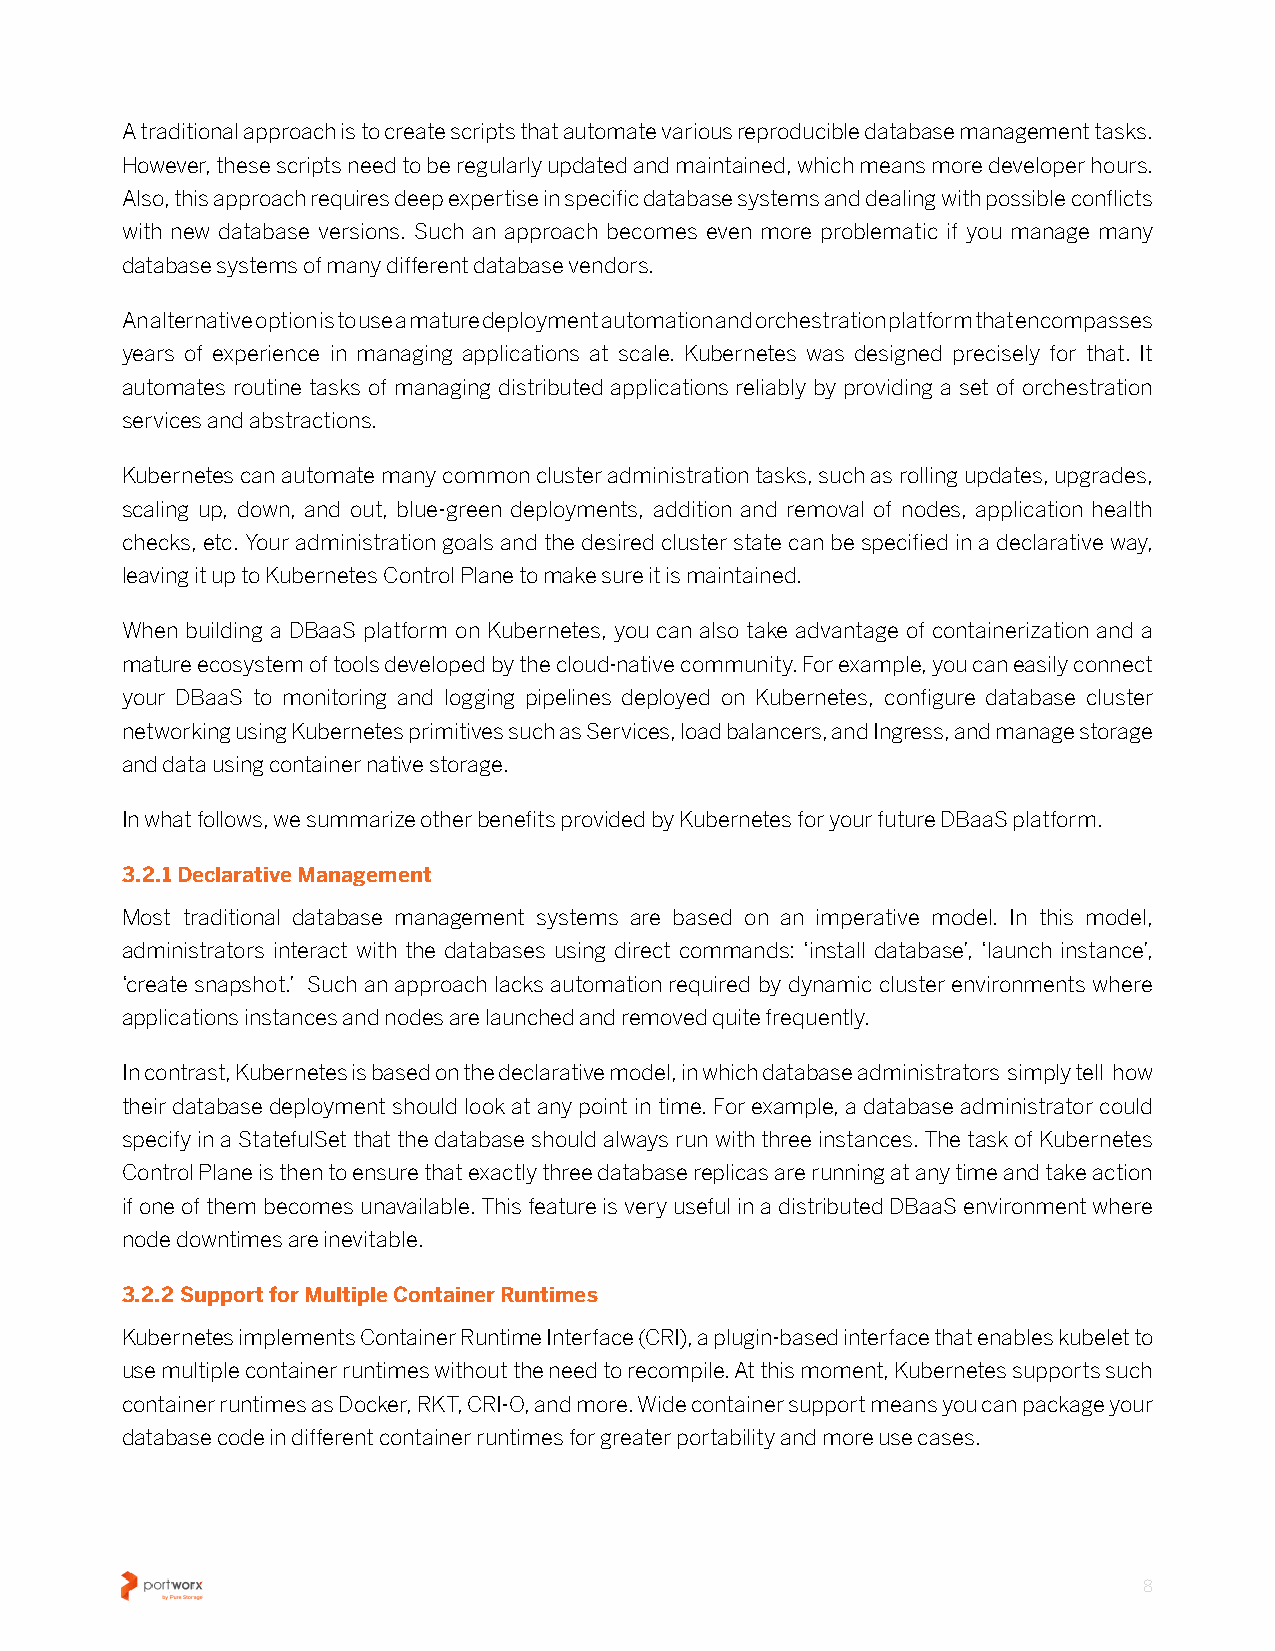
A traditional approach is to create scripts that automate various reproducible database management tasks�
 However, these scripts need to be regularly updated and maintained, which means more developer hours�
 Also, this approach requires deep expertise in specific database systems and dealing with possible conflicts
 with new database versions� Such an approach becomes even more problematic if you manage many
 database systems of many different database vendors�
 An alternative option is to use a mature deployment automation and orchestration platform that encompasses
 years of experience in managing applications at scale� Kubernetes was designed precisely for that� It
 automates routine tasks of managing distributed applications reliably by providing a set of orchestration
 services and abstractions�
 Kubernetes can automate many common cluster administration tasks, such as rolling updates, upgrades,
 scaling up, down, and out, blue-green deployments, addition and removal of nodes, application health
 checks, etc� Your administration goals and the desired cluster state can be specified in a declarative way,
 leaving it up to Kubernetes Control Plane to make sure it is maintained�
 When building a DBaaS platform on Kubernetes, you can also take advantage of containerization and a
 mature ecosystem of tools developed by the cloud-native community� For example, you can easily connect
 your DBaaS to monitoring and logging pipelines deployed on Kubernetes, configure database cluster
 networking using Kubernetes primitives such as Services, load balancers, and Ingress, and manage storage
 and data using container native storage�
 In what follows, we summarize other benefits provided by Kubernetes for your future DBaaS platform�
 3.2.1 Declarative Management
 Most traditional database management systems are based on an imperative model� In this model,
 administrators interact with the databases using direct commands: ‘install database’, ‘launch instance’,
 ‘create snapshot�’ Such an approach lacks automation required by dynamic cluster environments where
 applications instances and nodes are launched and removed quite frequently�
 In contrast, Kubernetes is based on the declarative model, in which database administrators simply tell how
 their database deployment should look at any point in time� For example, a database administrator could
 specify in a StatefulSet that the database should always run with three instances� The task of Kubernetes
 Control Plane is then to ensure that exactly three database replicas are running at any time and take action
 if one of them becomes unavailable� This feature is very useful in a distributed DBaaS environment where
 node downtimes are inevitable�
 3.2.2 Support for Multiple Container Runtimes
 Kubernetes implements Container Runtime Interface (CRI), a plugin-based interface that enables kubelet to
 use multiple container runtimes without the need to recompile� At this moment, Kubernetes supports such
 container runtimes as Docker, RKT, CRI-O, and more� Wide container support means you can package your
 database code in different container runtimes for greater portability and more use cases�
 8